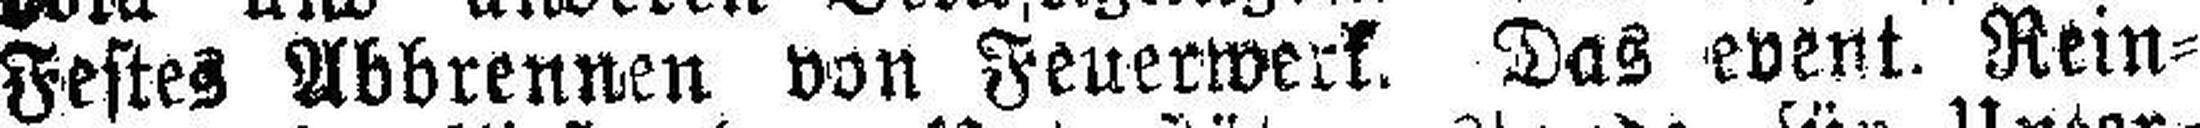
Festes Abbrennen von Feuerwerk. Das event. Rein¬